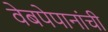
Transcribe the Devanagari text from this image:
वेबपेपानांची